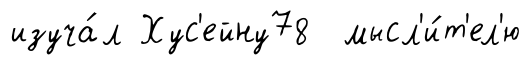
изуча́л Хус'ейну78 мысл'и́т'ел'ю